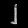
Digit: ၂